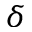
\delta